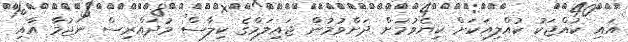
އައި ކުއްޖަކު ކުއްލިއަކަށް ކިޔެވުމަށް ދަށްވުމުން ޖައިލަމްގެ ކިލާސް މުދައްރިސް ނަޖުމާ އާއި